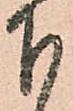
下